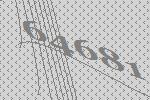
64681